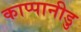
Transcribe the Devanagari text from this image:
काप्पानीडु